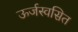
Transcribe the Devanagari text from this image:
ऊर्जस्वसित